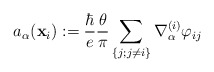
\begin{align*}a_\alpha({\bf x}_i):={\hbar\over e}{\theta\over\pi}\sum_{\{j;j\ne i\}}\nabla_\alpha^{(i)}\varphi_{ij}\end{align*}